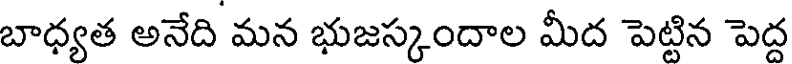
బాధ్యత అనేది మన భుజస్కందాల మీద పెట్టిన పెద్ద